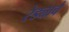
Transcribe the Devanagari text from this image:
रेड्याचे